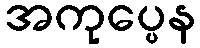
အကုပ္ပေန